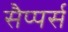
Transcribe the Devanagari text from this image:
सैप्पर्स